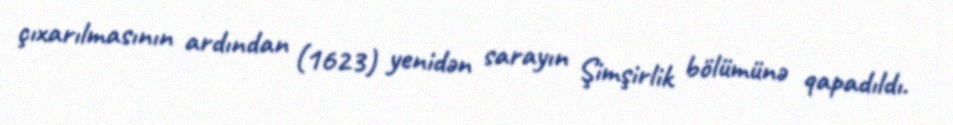
çıxarılmasının ardından (1623) yenidən sarayın Şimşirlik bölümünə qapadıldı.